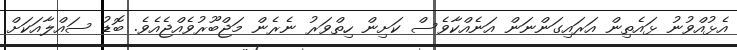
އެޅުއްވުނު ޅައެތިން އަރައިގަންނަން އަނެއްކާވެސް ކަށިން ހިތްވަރު ނެރެން މަޖްބޫރުވެއްޖެއެވެ. ބޮޑު ސައްލާއަކަށް